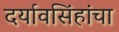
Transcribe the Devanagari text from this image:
दर्यावसिंहांचा